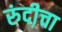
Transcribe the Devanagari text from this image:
रुंदी़चा